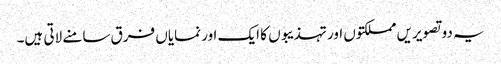
یہ دو تصویریں مملکتوں اور تہذیبوں کا ایک اور نمایاں فرق سامنے لاتی ہیں۔